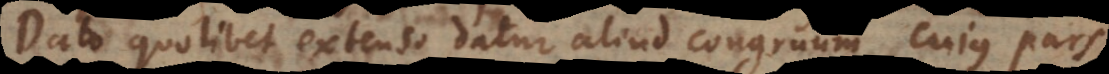
Dato quolibet extenso datur aliud congruum cujus pars